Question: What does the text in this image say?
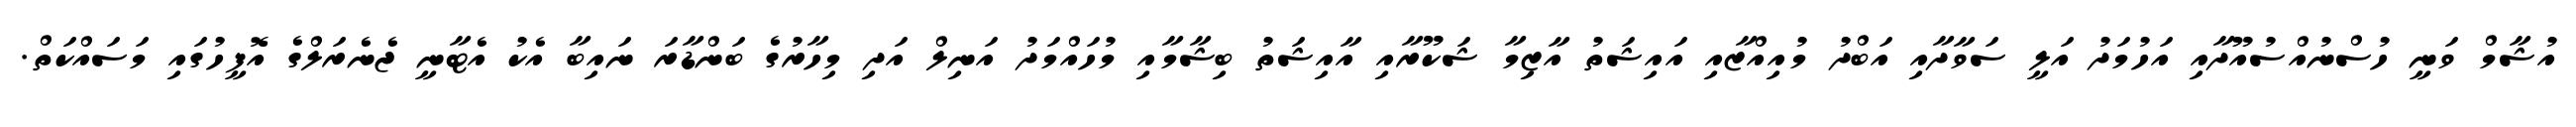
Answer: އުޝާމް ވަނީ ހުސްނުއްސުއޫދާއި އަހުމަދު އަލީ ސަވާދާއި އަބްދު މުއިއްޒާއި އައިޝަތު އާޒިމާ ޝަކޫރާއި އާއިޝަތު ބިޝާމާއި މުހައްމަދު އަނިލް އަދި މިހާރުގެ ބަންޑާރަ ނައިބާ އެކު އެޓާނީ ޖެނެރަލްގެ އޮފީހުގައި މަސައްކަތް.